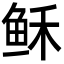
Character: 稣